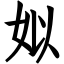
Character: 姒